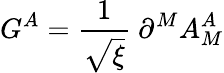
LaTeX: G^{A}=\frac{1}{\sqrt{\xi}}\ \partial^{M}A_{M}^{A}